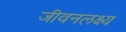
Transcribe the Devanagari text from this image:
जीवनलक्ष्य